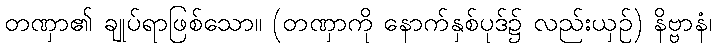
တဏှာ၏ ချုပ်ရာဖြစ်သော။ (တဏှာကို နောက်နှစ်ပုဒ်၌ လည်းယှဉ်) နိဗ္ဗာနံ၊